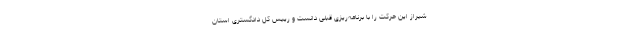
شیراز این حرکت را با برنامه‌ریزی قبلی دانست و رییس کل دادگستری استان